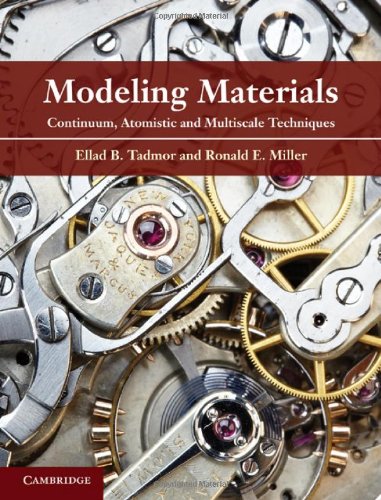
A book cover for Modeling Materials: Continuum, Atomistic and Multiscale Techniques; Ellad B. Tadmor; Science & Math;